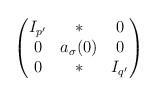
LaTeX: \begin{align*}\begin{pmatrix}I_{p'} & * & 0 \\0 & a_\sigma(0) & 0\\0 & * & I_{q'} \end{pmatrix}\\\end{align*}